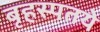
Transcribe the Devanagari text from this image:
बृहस्पतये